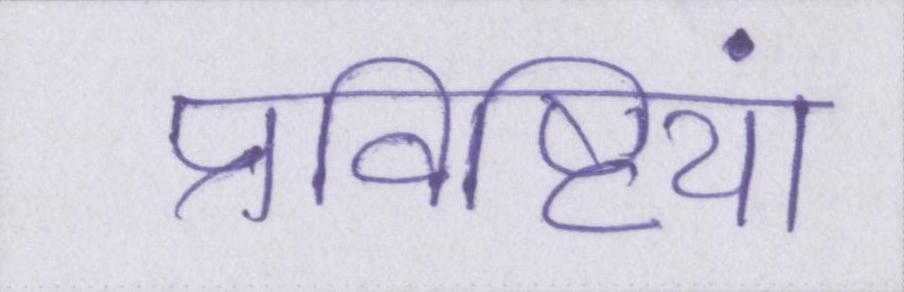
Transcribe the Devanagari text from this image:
प्रविष्टियां